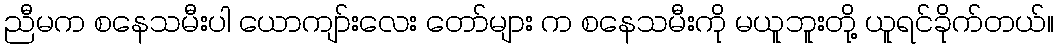
ညီမက စနေသမီးပါ ယောကျာ်းလေး တော်များ က စနေသမီးကို မယူဘူးတို့ ယူရင်ခိုက်တယ်။